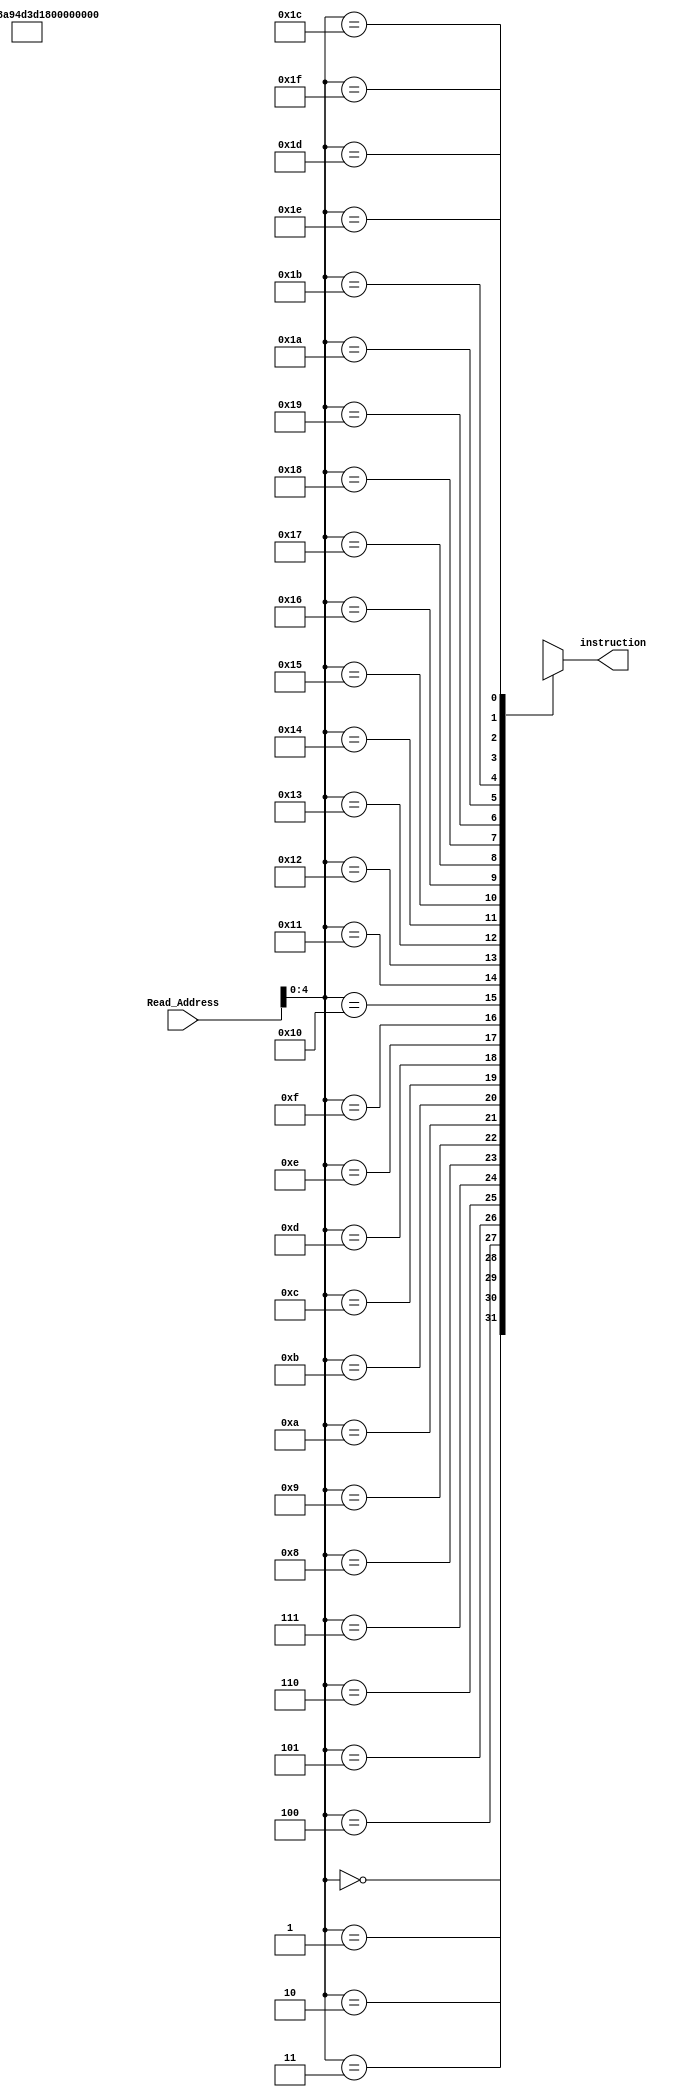
`timescale 1ns / 1ps
//////////////////////////////////////////////////////////////////////////////////
// Company: 
// Engineer: 
// 
// Design Name: 
// Module Name:    IMEM 
// Project Name: 
// Target Devices: 
// Tool versions: 
// Description: 
//
// Dependencies: 
//
// Revision: 
// Revision 0.01 - File Created
// Additional Comments: 
//
//////////////////////////////////////////////////////////////////////////////////

module IMEM(instruction, Read_Address);

	output [7:0] instruction;
	
	input [7:0] Read_Address;
	
	wire [7:0] MemByte[31:0];
	
	assign MemByte[0] = {2'b01, 2'b00, 2'b10, 2'b01};
	
	assign MemByte[1] = {2'b11, 2'b00, 2'b00, 2'b01};
	
	assign MemByte[2] = {2'b00, 2'b01, 2'b10, 2'b00};
	
	assign MemByte[3] = {2'b10, 2'b10, 2'b10, 2'b01};
	
	assign MemByte[4] = {2'b01, 2'b00, 2'b11, 2'b01};
	
	assign MemByte[5] = {2'b00, 2'b11, 2'b11, 2'b01};
	
	assign MemByte[6] = {2'b00, 2'b01, 2'b10, 2'b01};
	
	assign MemByte[7] = {2'b00, 2'b00, 2'b00, 2'b00};
	assign MemByte[8] = {2'b00, 2'b00, 2'b01, 2'b01};
	assign MemByte[9] = {2'b00, 2'b00, 2'b10, 2'b10};
	assign MemByte[10] = {2'b00, 2'b00, 2'b11, 2'b11};
	
	assign instruction = MemByte[Read_Address];


endmodule